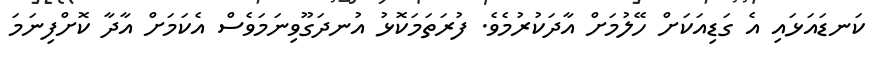
ކަނޑައަޅައި އެ ގަޑިއަކަށް ހޭލުމަށް އާދަކުރުމެވެ. ފުރަތަމަކޮޅު އުނދަގޫވިނަމަވެސް އެކަމަށް އާދާ ކޮށްފިނަމަ